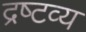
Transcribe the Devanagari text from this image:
द्रष्‍टव्य